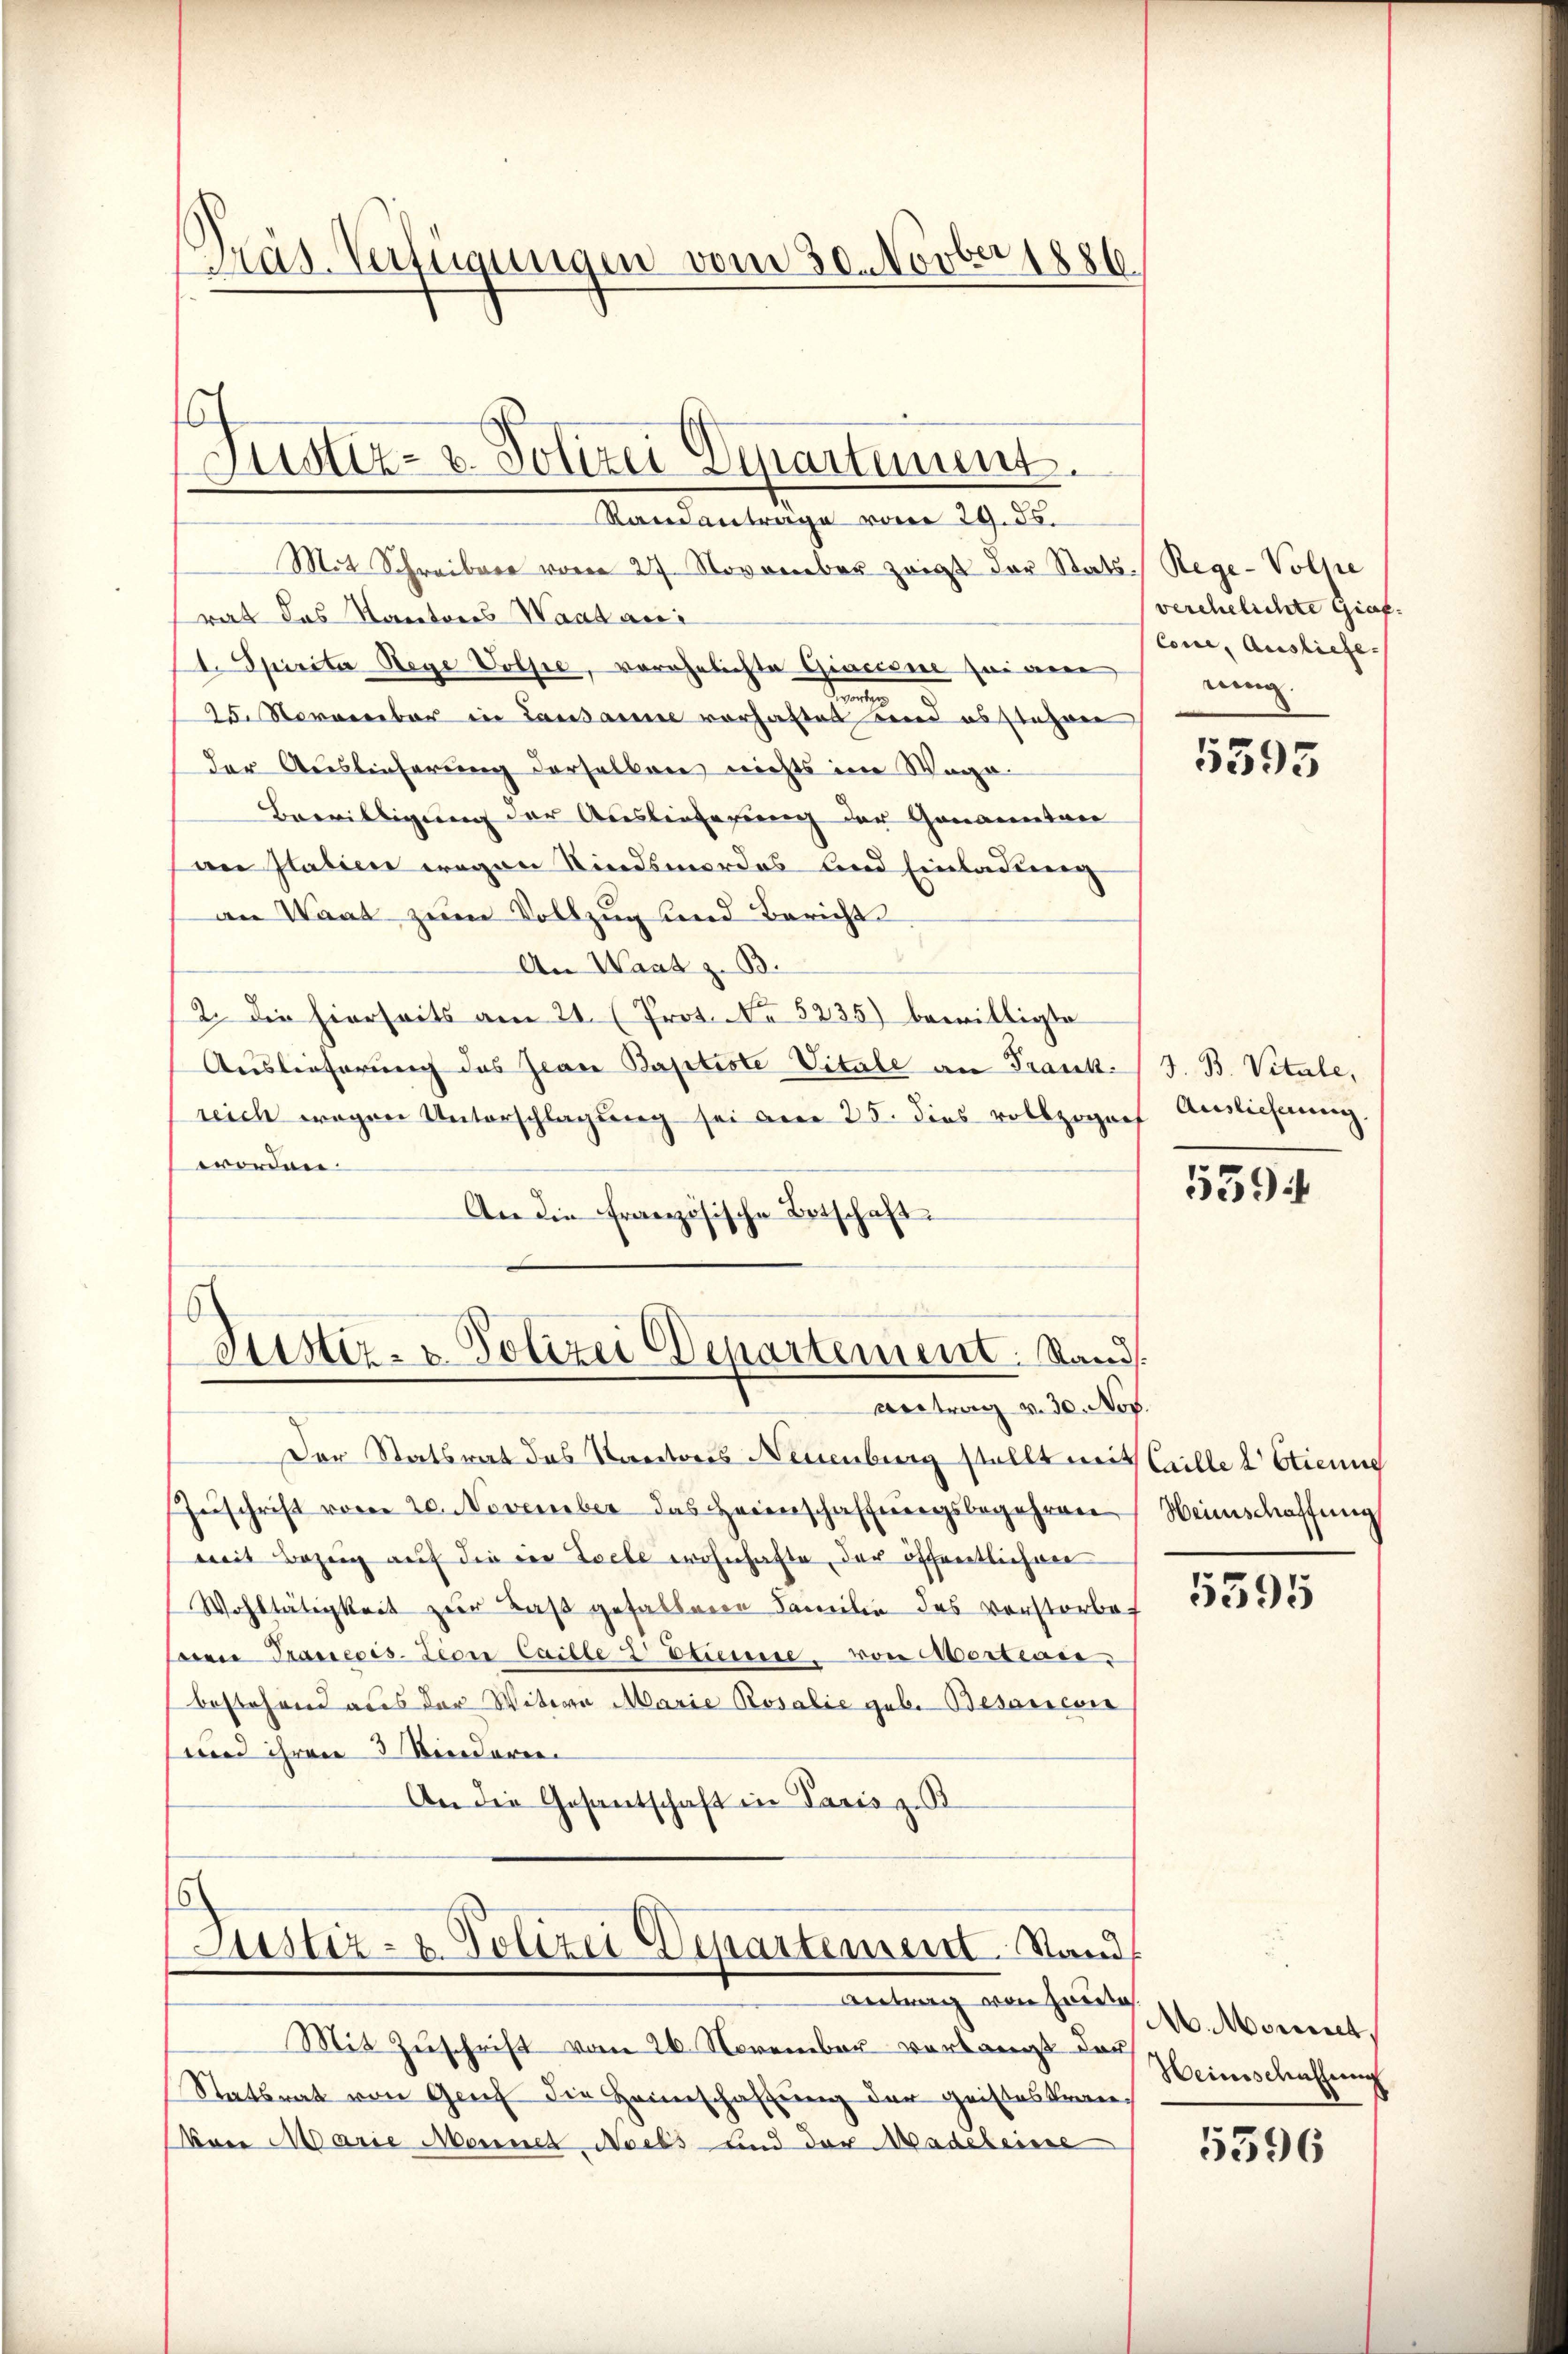
Pras. Verfügungen vom 30. Novber 1886.

Justiz- v. Polizei Departement.
Ramantrage vom 29. ds.

Mit Schreiber vom 27. November zeigt der Stats-Rege-Volpe
rat das Kantones Waatari
1. Spirita Rege Volpe, verehelichte Giacione sei vere
.
25. November in Lausanne vorhaftet und es stehen,
der Auslieferung derselben nichts im Wege.
Bewilligung der Auslieferung der Genannten
an Italien wegen Kindsmordes und Einladung
an Waat zum Vollzug und Bericht
An Waat z. B.
2. die hierseits am 21. (Prot. No 5235) bewilligte
Auslieferung des Jean Paptiste Vitale an Frankreich wegen Unterschlagung sei am 25. dies vollzogen Auslieferung.
worden.
An die Französische Ortschaft

Justiz- & Polizei Departement. Stand
vertrag v. 30. Nov.

Der Statsrat des Kantons Neuenburg stellt mit stille d Etienne
Zuschrift vom 20. November das Heinschaffungsbegehren
mit Bezug auf die die Seele wohnhafte, der öffentlichen
Wohltätigkeit zur Last gefallene Familie des vorstorbe
boren Tranecis-deon Caille 2 Etienne, von Mertrau
bestehend aus der Witwe Marie Rosalie geb. Besarevis
und ihren 3 Riederen.
An die Gesantschaft in Paris zu

5
Justiz- & Polizei Departement. Stand
Antrag von zweite

Mit Zuschrift vom 26. November verlangt der
Statsrat von Genf die Heimschaftung der geisteskranvon Marie Mannes Adels- und der Nadeleisse

verehelichte Graf.
Cone, Ausliefe.
nung.

5395

J. B. Vitale,

5394

Weinschaffung

5395

M. Monnet,
Heimschaffung

5596